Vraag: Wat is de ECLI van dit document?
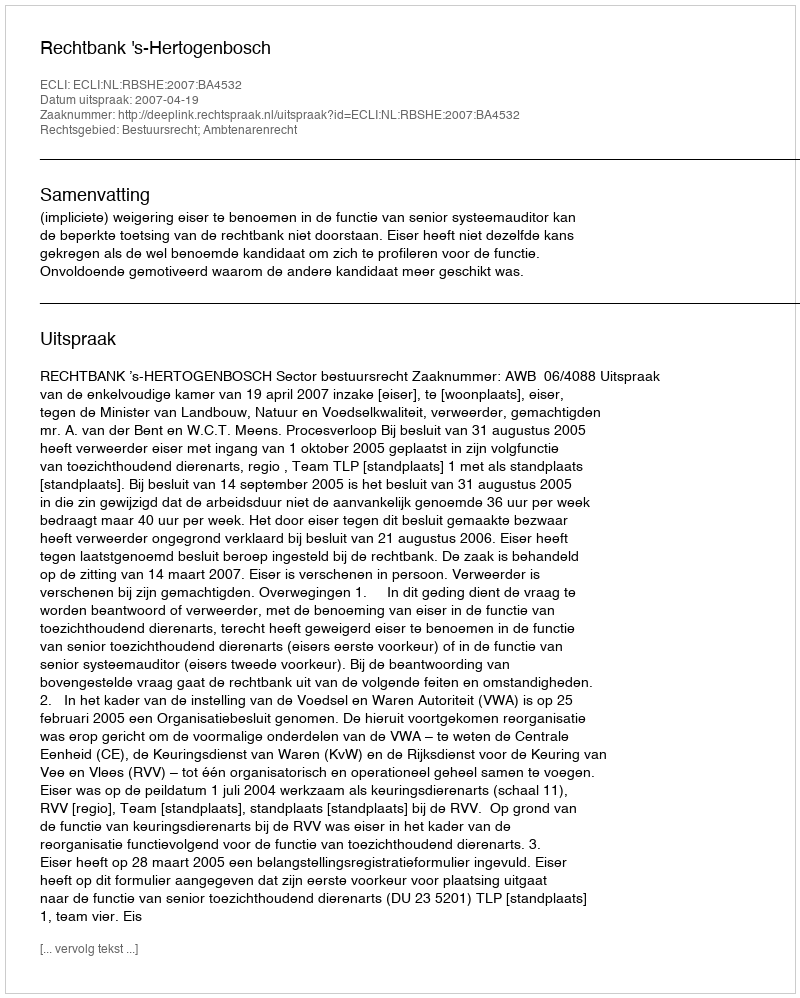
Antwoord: ECLI:NL:RBSHE:2007:BA4532